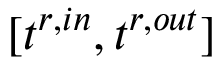
[ t ^ { r , i n } , t ^ { r , o u t } ]